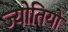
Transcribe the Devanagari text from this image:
ज्योतियो